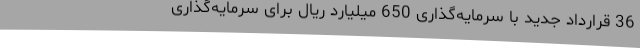
36 قرارداد جدید با سرمایه‌گذاری 650 میلیارد ریال برای سرمایه‌گذاری